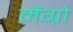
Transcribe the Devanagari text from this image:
मैंग्रो